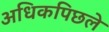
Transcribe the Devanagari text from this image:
अधिकपिछले